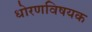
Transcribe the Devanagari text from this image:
धोरणविषयक